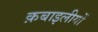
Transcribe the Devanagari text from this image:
क़बाइलीयों